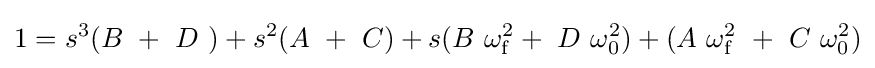
1=s^{3}(B\ +\ D\ )+s^{2}(A\ +\ C)+s(B\ \omega _{\mathrm {f} }^{2}+\ D\ \omega _{0}^{2})+(A\ \omega _{\mathrm {f} }^{2}\ +\ C\ \omega _{0}^{2})